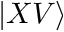
| X V \rangle